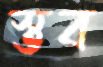
স্তব